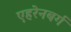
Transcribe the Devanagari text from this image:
एहरेनबर्ग